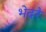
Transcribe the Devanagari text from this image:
भेदरे